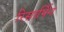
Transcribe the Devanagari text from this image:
रिसार्पिन